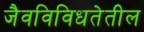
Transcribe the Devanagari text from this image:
जैवविविधतेतील